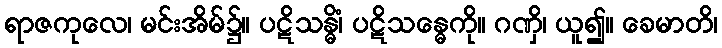
ရာဇကုလေ၊ မင်းအိမ်၌။ ပဋိသန္ဓိံ၊ ပဋိသန္ဓေကို။ ဂဏှိ၊ ယူ၍။ ခေမာတိ၊